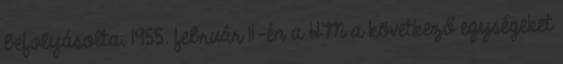
befolyásolta. 1955. február 11-én a HM a következő egységeket